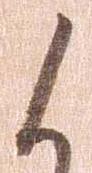
候